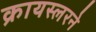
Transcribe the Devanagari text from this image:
क्रायस्लरने